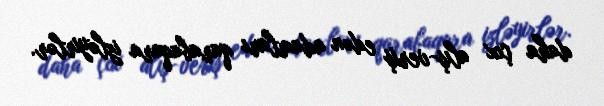
daha çox alış-veriş edən adamları qarabaqara izləyirlər.